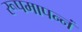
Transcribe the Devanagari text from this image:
रूपमापन्नं